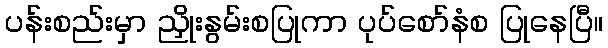
ပန်းစည်းမှာ ညှိုးနွမ်းစပြုကာ ပုပ်စော်နံစ ပြုနေပြီ။